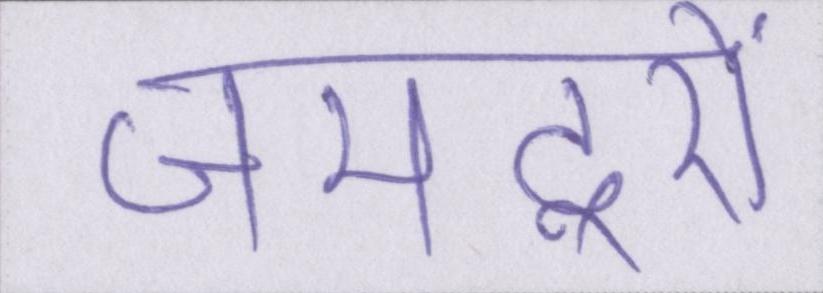
जमदूरों